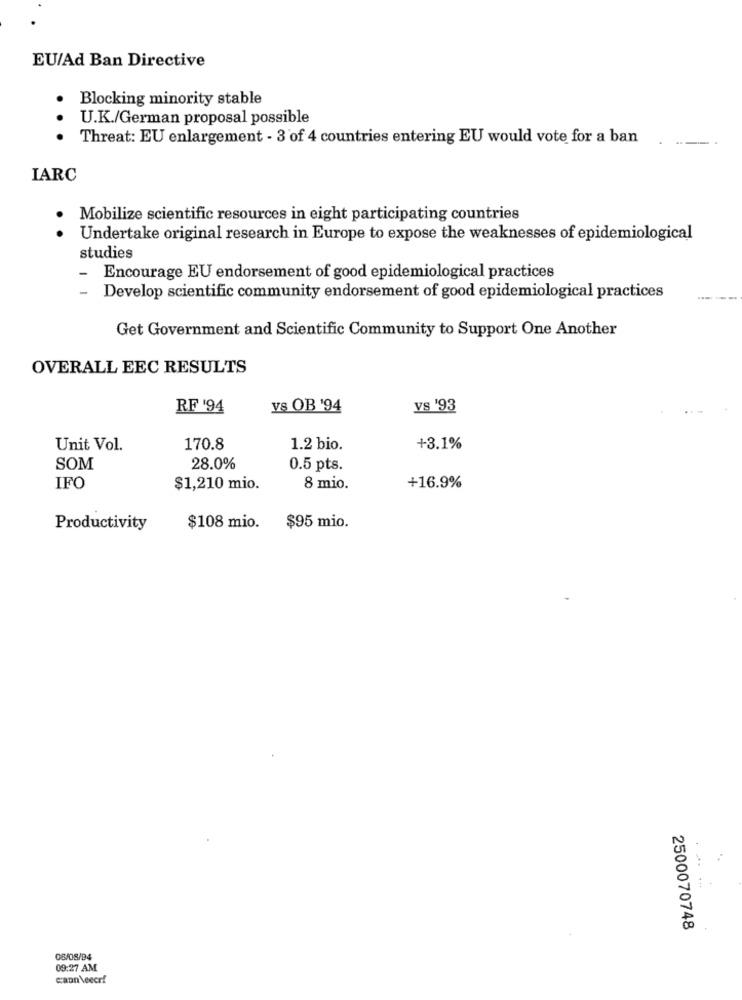
EU/Ad Ban Directive
Blocking minority stable
U.K./German proposal possible
Threat: EU enlargement - 3 of 4 countries entering EU would vote for a ban
IARC
Mobilize scientific resources in eight participating countries
.
Undertake original research in Europe to expose the weaknesses of epidemiological
studies
-
Encourage EU endorsement of good epidemiological practices
Develop scientific community endorsement of good epidemiological practices
Get Government and Scientific Community to Support One Another
OVERALL EEC RESULTS
RF '94
V& OB '94
vs '93
Unit Vol.
170.8
1.2 bio.
+3.1%
SOM
28.0%
0.5 pts.
IFO
$1,210 mio.
8 mio.
+16.9%
Productivity
$108 mio.
$95 mio.
2500070748
08/08/94
09:27 AM
caun veecrf